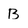
Character: B